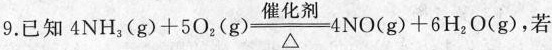
9.已知$$4 { N H } _ { 3 } + 5 { O } _ { 2 } ( g } ) \xlongarrow [] { 催 化 剂 } { △ } 4